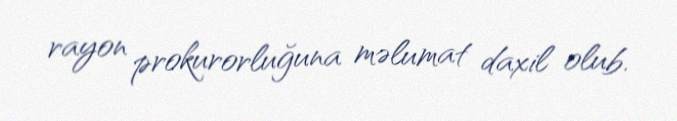
rayon prokurorluğuna məlumat daxil olub.